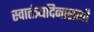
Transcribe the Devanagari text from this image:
स्वातंत्र्यदिनासाठी